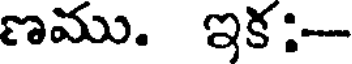
ణము. ఇక: